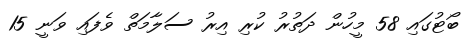
ބޯޓުގައި 58 މީހުން ދަތުރު ކުރި އިރު ސަލާމަތް ވެފައި ވަނީ 15